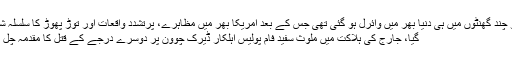
یہ ویڈیو چند گھنٹوں میں ہی دنیا بھر میں وائرل ہو گئی تھی جس کے بعد امریکا بھر میں مظاہرے، پرتشدد واقعات اور توڑ پھوڑ کا سلسلہ شروع ہو
گیا، جارج کی ہلاکت میں ملوث سفید فام پولیس اہلکار ڈیرک چوون پر دوسرے درجے کے قتل کا مقدمہ چل رہا ہے۔